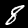
Label: 8